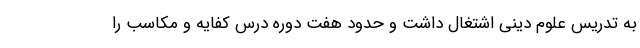
به تدریس علوم دینی اشتغال داشت و حدود هفت دوره درس کفایه و مکاسب را